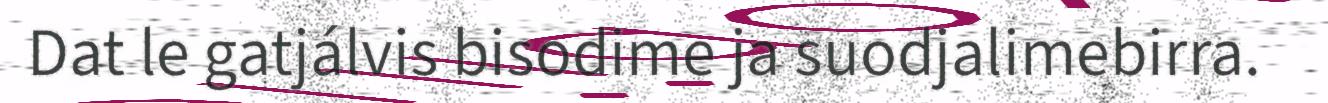
Dat le gatjálvis bisodime ja suodjalimebirra.